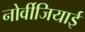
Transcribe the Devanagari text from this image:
नोर्वीजियाई